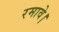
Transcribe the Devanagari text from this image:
रमावे।